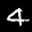
Label: 4